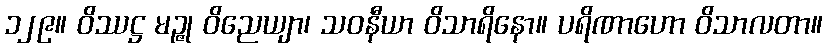
၁၂၉။ ဝိဿဋ္ဌ မဉ္ဇု ဝိညေယျာ၊ သဝနီယာ ဝိသာရိနော။ ပရိဏာဟော ဝိသာလတာ။